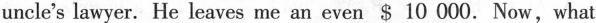
uncle's lawyer. He leaves me an even $ 10 000. Now,what